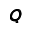
\pmb { Q }